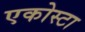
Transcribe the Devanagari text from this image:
एकोस्टा